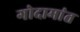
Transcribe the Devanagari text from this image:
गोदामांत